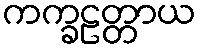
ကက္ခဠတ္တာယ